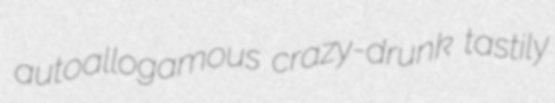
autoallogamous crazy-drunk tastily